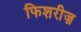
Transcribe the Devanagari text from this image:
फिशरीज़